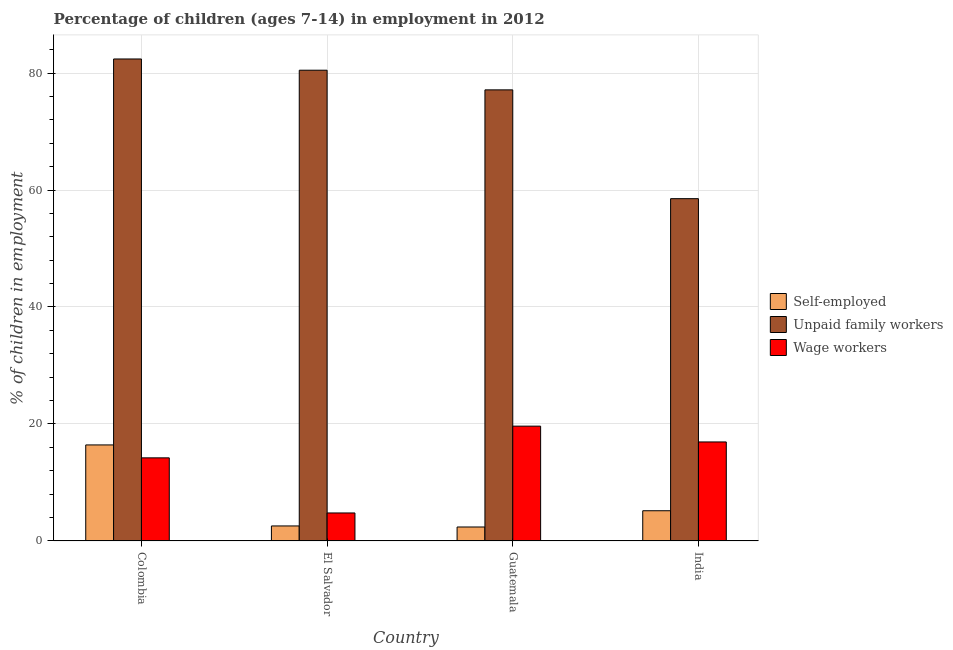
| Country | Self-employed | Unpaid family workers | Wage workers |
 | --- | --- | --- | --- |
 | Colombia | 16.4 | 82.4 | 14.2 |
 | El Salvador | 2.57 | 80.5 | 4.79 |
 | Guatemala | 2.39 | 77.1 | 19.6 |
 | India | 5.17 | 58.5 | 16.9 |